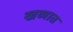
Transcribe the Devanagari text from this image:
खव्यात